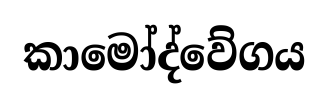
කාමෝද්වේගය